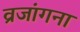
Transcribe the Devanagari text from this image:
व्रजांगना